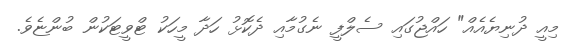
މިއީ ދުނިޔެއެއް" ހައްޖުގައި ސެލްފީ ނެގުމާއި ދެކޮޅު ހަދާ މީހަކު ޓްވީޓަކުން ބުންޏެވެ.